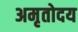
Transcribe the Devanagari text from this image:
अमृतोदय